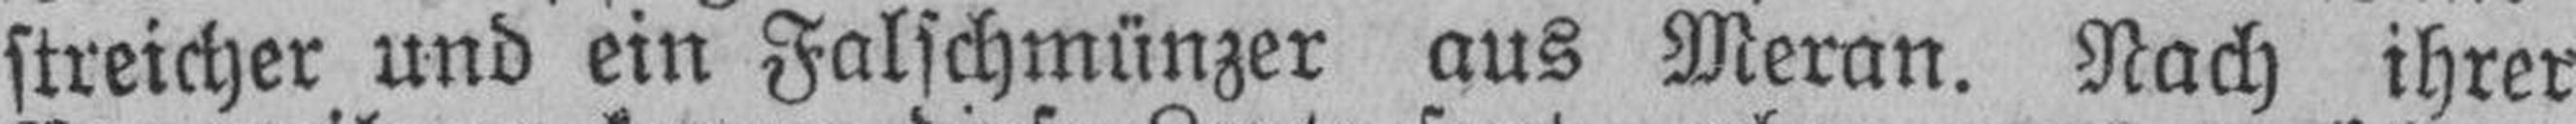
streicher und ein Falschmünzer aus Meran. Nach ihrer